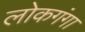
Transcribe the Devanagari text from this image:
लोकगंगा